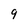
Character: 9